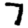
Digit: 7